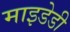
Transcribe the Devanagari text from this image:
माइडेडी